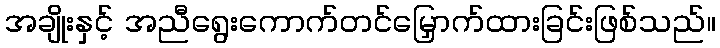
အချိုးနှင့် အညီရွေးကောက်တင်မြှောက်ထားခြင်းဖြစ်သည်။